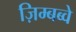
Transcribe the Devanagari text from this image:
ज़िम्बब्वे